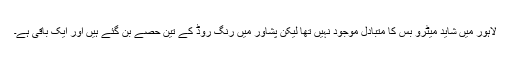
لاہور میں شاید میٹرو بس کا متبادل موجود نہیں تھا لیکن پشاور میں رنگ روڈ کے تین حصے بن گئے ہیں اور ایک باقی ہے۔